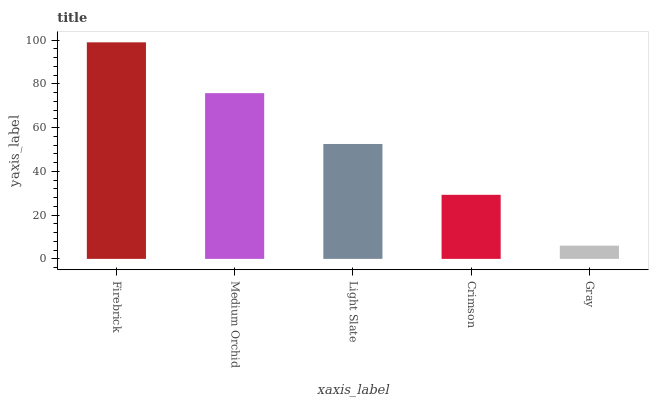
| xaxis_label | bars |
 | --- | --- |
 | Firebrick | 99 |
 | Medium Orchid | 75.8 |
 | Light Slate | 52.5 |
 | Crimson | 29.3 |
 | Gray | 6.05 |